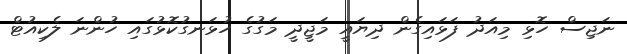
ނަޖިސް ހޮޅި މިއަދު ފަޅައިގެން ދިޔައީ މަޖީދީ މަގުގެ ހުޅަނގުކޮޅުގައި ހުންނަ ލެކިއުޓް